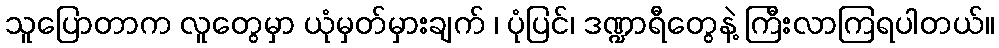
သူပြောတာက လူတွေမှာ ယုံမှတ်မှားချက် ၊ ပုံပြင်၊ ဒဏ္ဍာရီတွေနဲ့ ကြီးလာကြရပါတယ်။